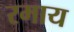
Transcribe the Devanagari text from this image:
रमाय